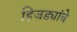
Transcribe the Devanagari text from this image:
हिजड्यांचे